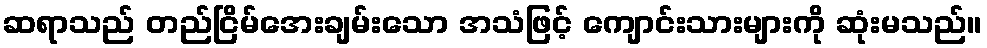
ဆရာသည် တည်ငြိမ်အေးချမ်းသော အသံဖြင့် ကျောင်းသားများကို ဆုံးမသည်။